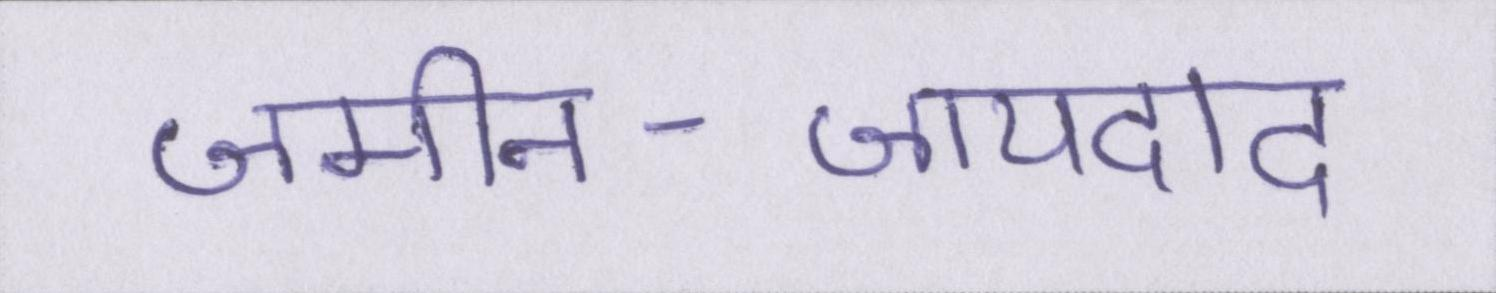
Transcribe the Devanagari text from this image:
जमीन-जायदाद